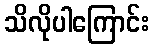
သိလိုပါကြောင်း